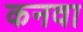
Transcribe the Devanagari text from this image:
कनवा